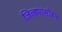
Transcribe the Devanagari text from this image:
जिल्ह्यासोबत